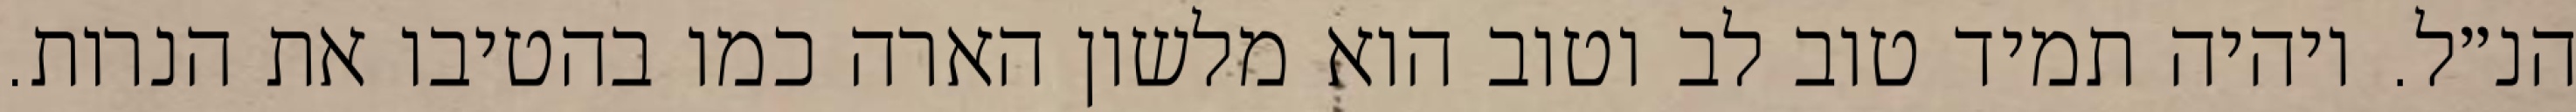
הנ״ל. ויהיה תמיד טוב לב וטוב הוא מלשון הארה כמו בהטיבו את הנרות.